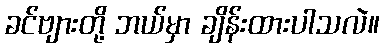
ခင်ဗျားတို့ ဘယ်မှာ ချိန်းထားပါသလဲ။